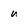
Character: u